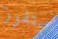
ستفوز